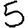
Digit: 5